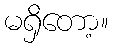
မရှိတော့။